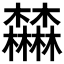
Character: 𣡕